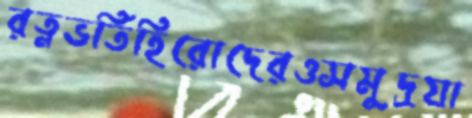
রত্নভর্তিহিরোদেরওসমুদ্রযা